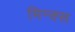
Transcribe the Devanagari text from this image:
मिन्क्स